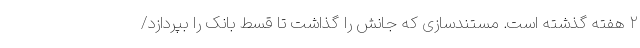
۲ هفته گذشته است. مستندسازی که جانش را گذاشت تا قسط بانک را بپردازد/